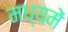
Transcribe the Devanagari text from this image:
मध्‍यमें